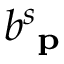
b _ { \textbf { p } } ^ { s }